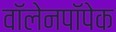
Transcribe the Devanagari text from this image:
वॉलेनपॉपेक